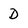
Character: D